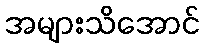
အများသိအောင်